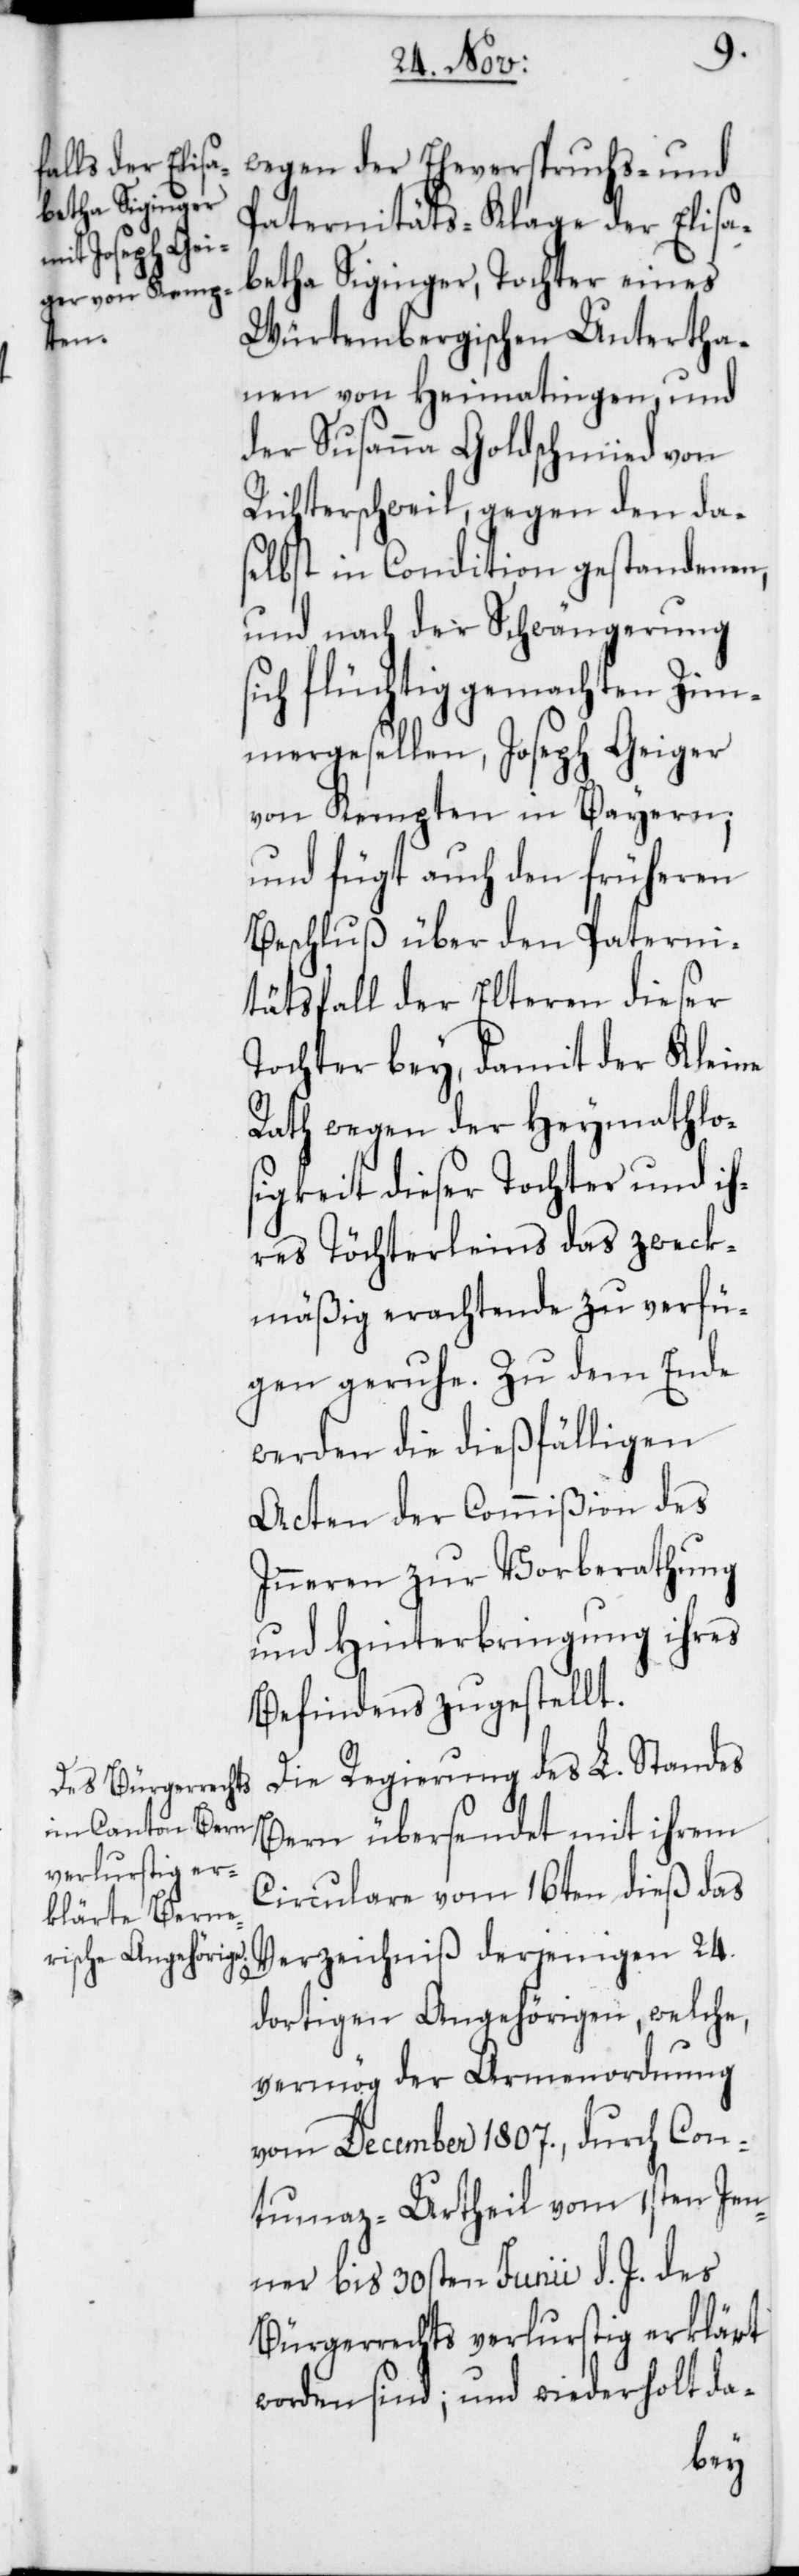
wegen der Eheverspruchs- und
Paternitäts-Klage der Elisa¬
betha Siginger, Tochter eines
Würtembergischen Untertha¬
nen von Heymathingen, und
der Susanna Goldschmied von
Richterschweil, gegen den da¬
selbst in Condition gestandenen,
und nach der Schwängerung
sich flüchtig gemachten Zim¬
mergesellen, Joseph Geiger
von Kempten in Bayern;
und fügt auch den früheren
Beschluß über den Paterni¬
tätsfall der Elteren dieser
Tochter bey, damit der Kleine
Rath wegen der Heymathlos¬
igkeit dieser Tochter und ih¬
res Töchterleins das zweck¬
mäßig erachtende zu verfü¬
gen geruhe. Zu dem Ende
werden die dießfälligen
Acten der Commißion des
Inneren zur Vorberathung
und Hinterbringung ihres
Befindes zugestellt.
Die Regierung des L. Standes
Bern übersendet mit ihrem
Circulare vom 16ten dieß das
Verzeichniß derjenigen 24.
dortigen Angehörigen, welche,
vermög der Armenordnung
vom December 1807., durch Con¬
tumaz-Urtheil vom 1sten Jen¬
ner bis 30sten Junii d. J. des
Bürgerrechts verlustig erklärt
worden sind; und wiederholt da-